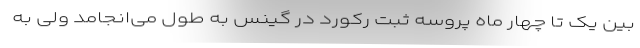
بین یک تا چهار ماه پروسه ثبت رکورد در گینس به طول می‌انجامد ولی به